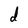
Character: d